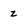
Character: z